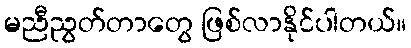
မညီညွတ်တာတွေ ဖြစ်လာနိုင်ပါတယ်။